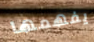
يفهمها